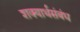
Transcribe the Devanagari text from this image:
शक्यार्थसंबंध